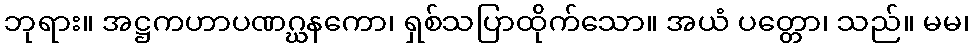
ဘုရား။ အဋ္ဌကဟာပဏဂ္ဃနကော၊ ရှစ်သပြာထိုက်သော။ အယံ ပတ္တော၊ သည်။ မမ၊